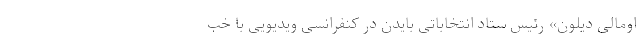
اومالی دیلون» رئیس ستاد انتخاباتی بایدن در کنفرانسی ویدیویی با خب